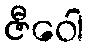
ဇီဝေါ